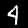
Label: 4